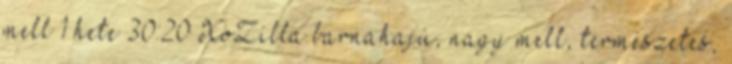
mell 1 hete 30:20 XoZilla barnahajú, nagy mell, természetes,